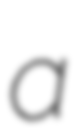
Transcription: a